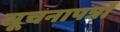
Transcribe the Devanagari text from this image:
सूचनापत्रों